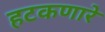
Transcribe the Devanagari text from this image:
हटकणारे